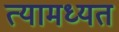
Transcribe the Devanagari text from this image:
त्यामध्यत